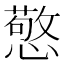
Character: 憼